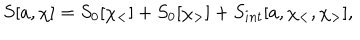
LaTeX: S [ a , \chi ] = S _ { 0 } [ \chi _ { < } ] + S _ { 0 } [ \chi _ { > } ] + S _ { i n t } [ a , \chi _ { < } , \chi _ { > } ] ,